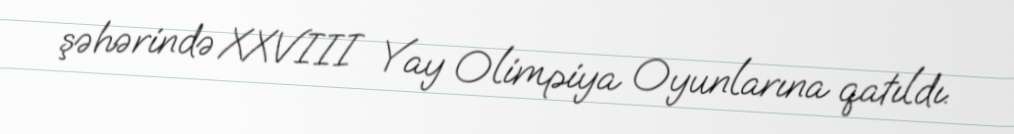
şəhərində XXVIII Yay Olimpiya Oyunlarına qatıldı.